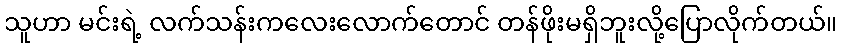
သူဟာ မင်းရဲ့ လက်သန်းကလေးလောက်တောင် တန်ဖိုးမရှိဘူးလို့ပြောလိုက်တယ်။